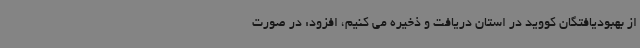
از بهبودیافتگان کووید در استان دریافت و ذخیره می کنیم، افزود: در صورت